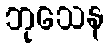
ဘုသေန